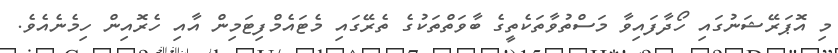
މި އޮޕަރޭޝަނުގައި ހޯދާފައިވާ މަސްތުވާތަކެތީގެ ބާވަތްތަކުގެ ތެރޭގައި މެޓައެމްފިޓަމިން އާއި ހެރޮއިން ހިމެނެއެވެ.